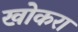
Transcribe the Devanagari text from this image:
खोकरा